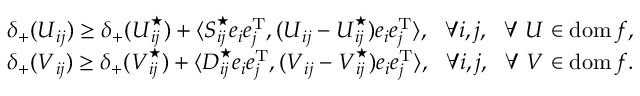
\begin{array} { r l } & { \delta _ { + } ( \boldsymbol { U } _ { i j } ) \geq \delta _ { + } ( \boldsymbol { U } _ { i j } ^ { \star } ) + \langle \boldsymbol { S } _ { i j } ^ { \star } \boldsymbol { e } _ { i } \boldsymbol { e } _ { j } ^ { \mathrm { T } } , ( \boldsymbol { U } _ { i j } - \boldsymbol { U } _ { i j } ^ { \star } ) \boldsymbol { e } _ { i } \boldsymbol { e } _ { j } ^ { \mathrm { T } } \rangle , \ \ \forall i , j , \ \ \forall \ \boldsymbol { U } \in \operatorname { d o m } f , } \\ & { \delta _ { + } ( \boldsymbol { V } _ { i j } ) \geq \delta _ { + } ( \boldsymbol { V } _ { i j } ^ { \star } ) + \langle \boldsymbol { D } _ { i j } ^ { \star } \boldsymbol { e } _ { i } \boldsymbol { e } _ { j } ^ { \mathrm { T } } , ( \boldsymbol { V } _ { i j } - \boldsymbol { V } _ { i j } ^ { \star } ) \boldsymbol { e } _ { i } \boldsymbol { e } _ { j } ^ { \mathrm { T } } \rangle , \ \ \forall i , j , \ \ \forall \ \boldsymbol { V } \in \operatorname { d o m } f . } \end{array}